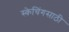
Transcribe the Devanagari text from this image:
स्केचिंगसाठी